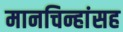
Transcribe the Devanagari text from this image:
मानचिन्हांसह